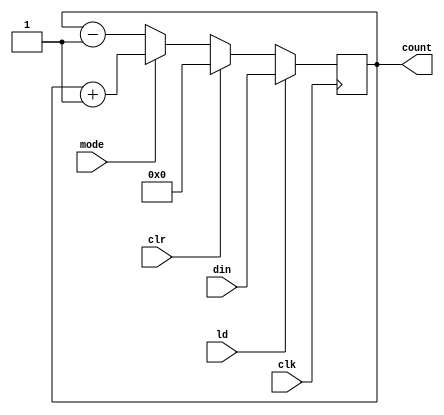
// Synchronous Up - Down 8 bit counter
//Mode is 1 up counter
//Mode is 0 down counter
module Up_Down_counter (din, clr, ld, clk, mode, count);
input clr, ld, mode, clk;
input [7:0] din;
output reg [7:0] count;

always @(posedge clk)
begin 
    if(ld) count <= din;
    else if(clr) count <= 0;
    else if(mode) count <= count +1;
    else count <= count - 1;
end
endmodule